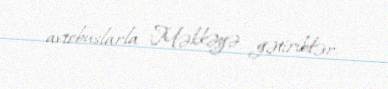
avtobuslarla Məkkəyə gətiriblər.